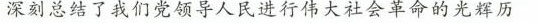
深刻总结了我们党领导人民进行伟大社会革命的光辉历